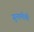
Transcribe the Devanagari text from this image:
सुनामीची